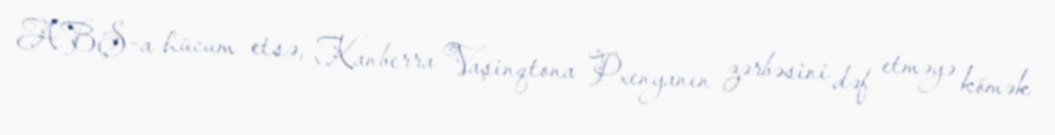
ABŞ-a hücum etsə, Kanberra Vaşinqtona Pxenyanın zərbəsini dəf etməyə kömək